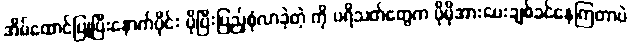
အိမ်ထောင်ပြုပြီးနောက်ပိုင်း ပိုပြီးပြည့်စုံလာခဲ့တဲ့ ကို ပရိသတ်တွေက ပိုမိုအားပေးချစ်ခင်နေကြတာပဲ